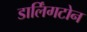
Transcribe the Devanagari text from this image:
डार्लिंगटोन